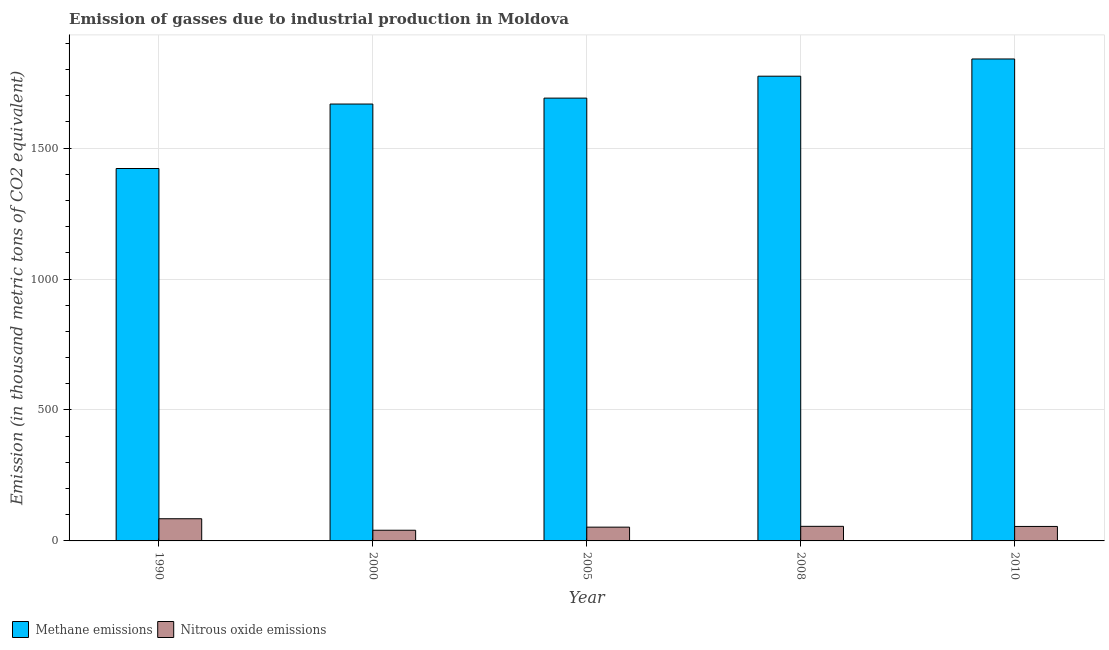
| Year | Methane emissions | Nitrous oxide emissions |
 | --- | --- | --- |
 | 1990 | 1.42e+03 | 84.7 |
 | 2000 | 1.67e+03 | 40.8 |
 | 2005 | 1.69e+03 | 52.6 |
 | 2008 | 1.77e+03 | 55.7 |
 | 2010 | 1.84e+03 | 55.3 |